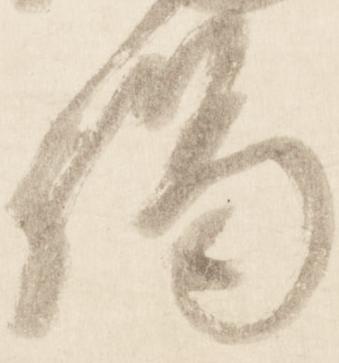
謁